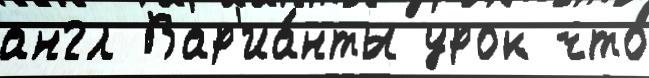
англ Вар'иа́нты урок что